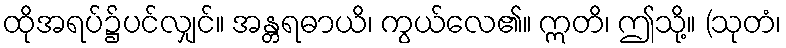
ထိုအရပ်၌ပင်လျှင်။ အန္တရဓာယိ၊ ကွယ်လေ၏။ ဣတိ၊ ဤသို့။ (သုတံ၊